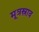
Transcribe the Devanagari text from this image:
मूत्रस्राव